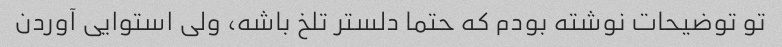
تو توضیحات نوشته بودم که حتما دلستر تلخ باشه، ولی استوایی آوردن